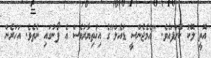
އޮތީ ލޮކު ކޮށްފައެވެ. "އެމެޖެންސީ ޑައެލް"ގެ އިޚުތިޔާރުވެސް އެ ފޯނުގައި ނެތެވެ. އަހަރެން